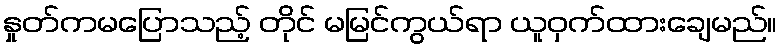
နှုတ်ကမပြောသည့် တိုင် မမြင်ကွယ်ရာ ယူဝှက်ထားချေမည်။